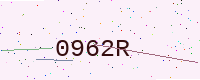
Text: 0962R